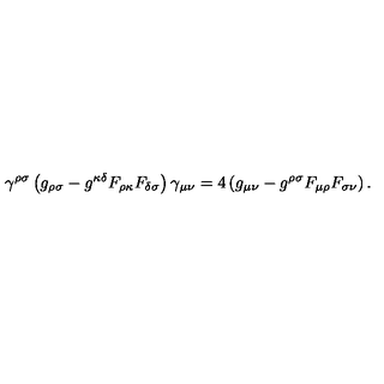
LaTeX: \gamma ^ { \rho \sigma } \left( g _ { \rho \sigma } - g ^ { \kappa \delta } F _ { \rho \kappa } F _ { \delta \sigma } \right) \gamma _ { \mu \nu } = 4 \left( g _ { \mu \nu } - g ^ { \rho \sigma } F _ { \mu \rho } F _ { \sigma \nu } \right) .